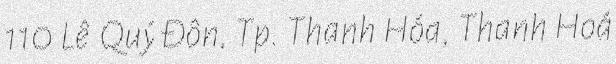
110 Lê Quý Đôn, Tp. Thanh Hóa, Thanh Hoá